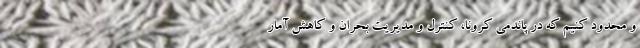
و محدود کنیم که در پاندمی کرونا، کنترل و مدیریت بحران و کاهش آمار